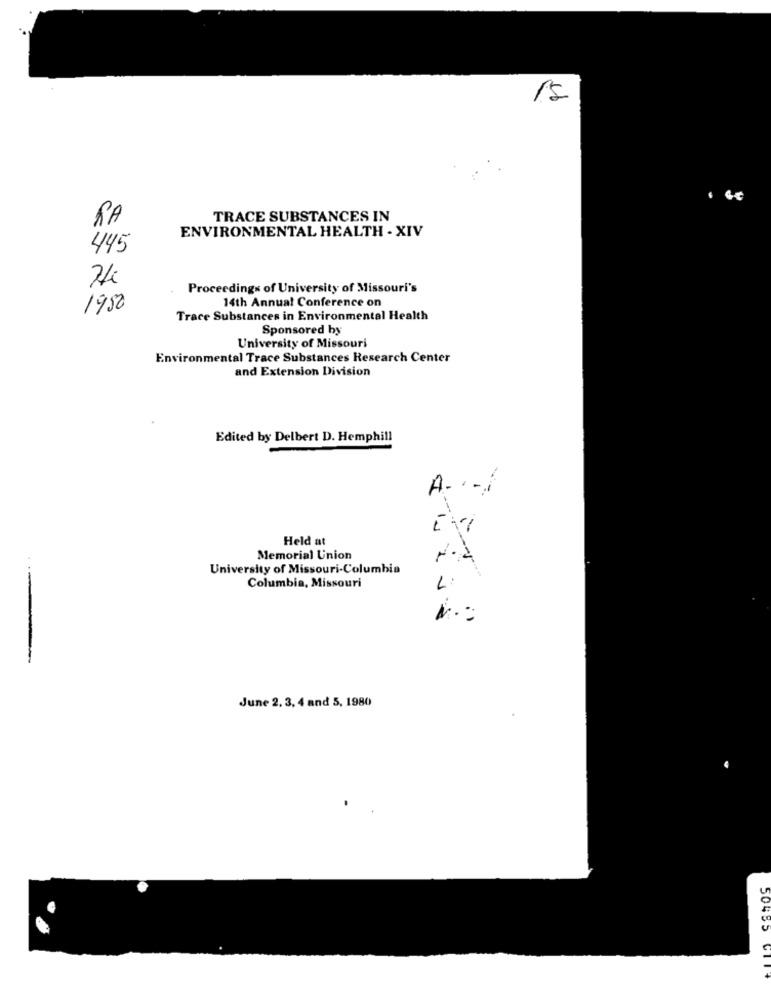
15
RA
TRACE SUBSTANCES IN
ENVIRONMENTAL HEALTH - XIV
445
Proceedings of University of Missouri's
14th Annual Conference on
1950
Trace Substances in Environmental Health
Sponsored by
University of Missouri
Environmental Trace Substances Research Center
and Extension Division
Edited by Delbert D. Hemphill
A ....
Held at
Memorial Union
N.A
University of Missouri-Columbia
Columbia, Missouri
June 2. 3, 4 and 5, 1980
50455 CTI*